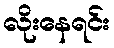
လိုးနေရင်း